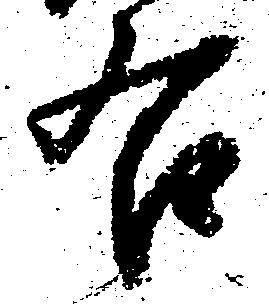
右